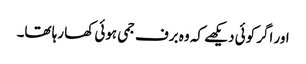
اور اگر کوئی دیکھے کہ وہ برف جمی ہوئی کھا رہا تھا۔